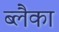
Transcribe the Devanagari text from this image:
ब्लैका